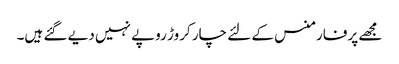
مجھے پرفارمنس کے لئے چار کروڑ روپے نہیں دیے گئے ہیں۔